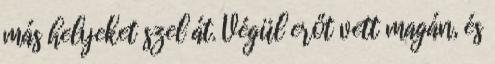
más helyeket szel át. Végül erőt vett magán, és